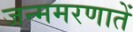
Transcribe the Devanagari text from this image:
जन्ममरणातें